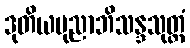
ဒုတိယပုညာဘိသန္ဒသုတ္တံ